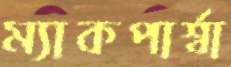
ম্যাকপার্শ্বা